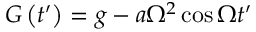
G \left( t ^ { \prime } \right) = g - a \Omega ^ { 2 } \cos { \Omega t ^ { \prime } }